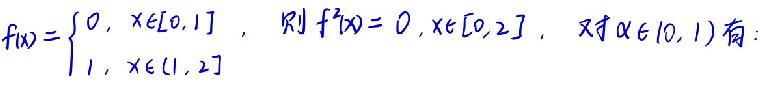
\(f(x)=\)\begin{cases}
\(0, & x\in[0,1] \)\\
\(1, & x\in(1,2]\)\\
\end{cases}, 则\( f^{2}(x)=0, x\in[0,2], \)对\( \forall \alpha\in(0,1) \)有: